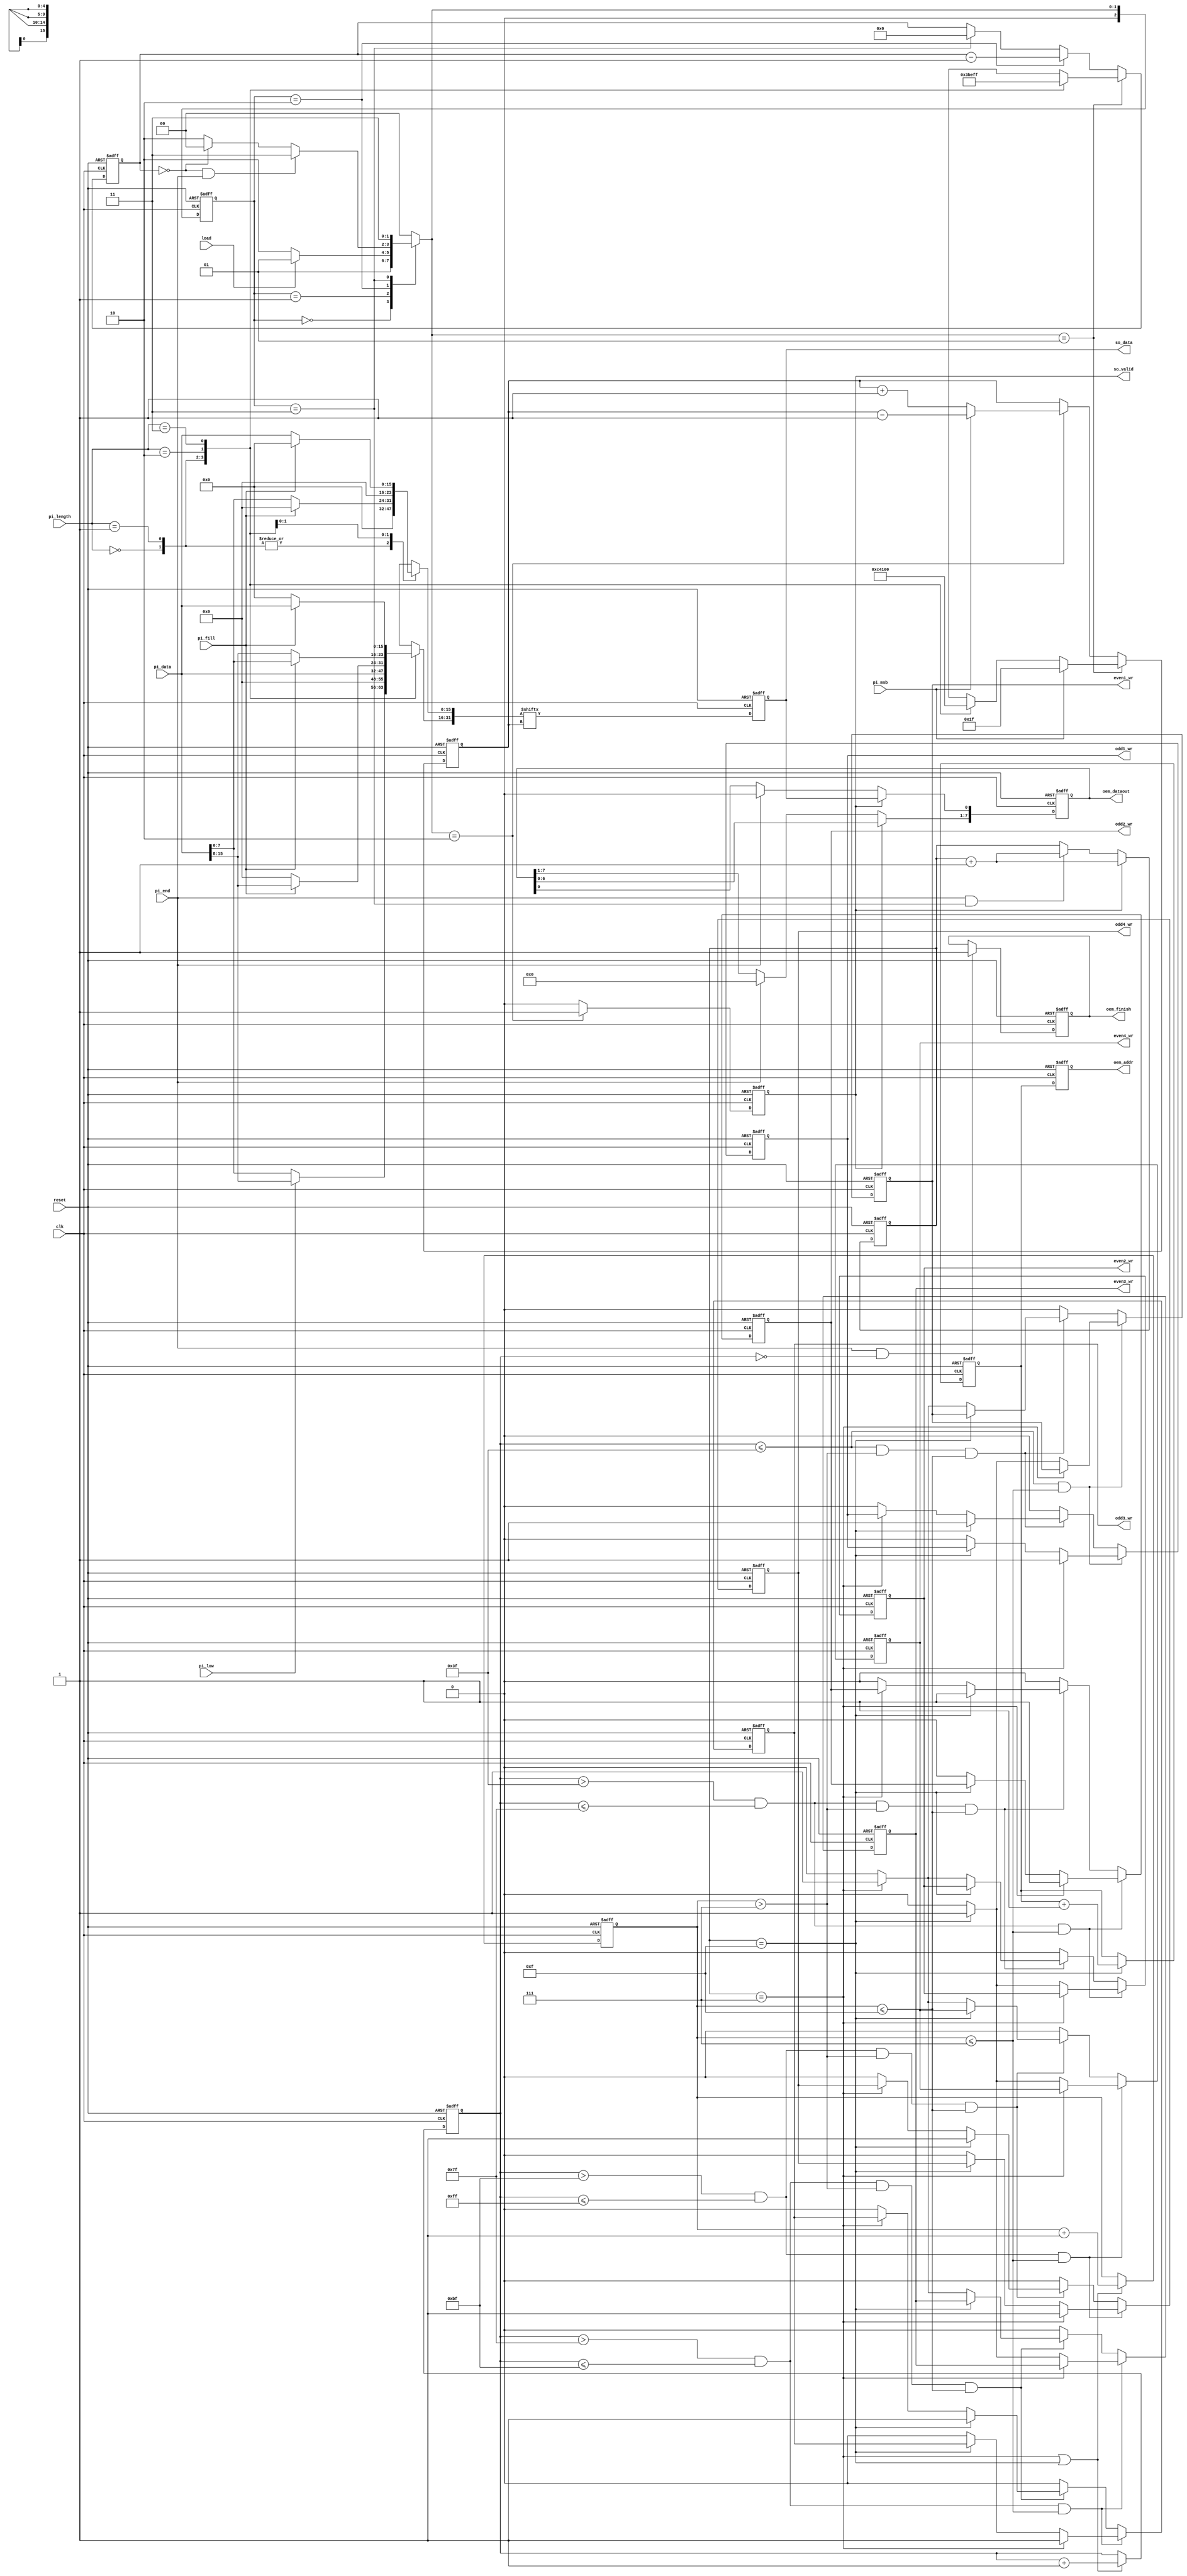
module STI_DAC(clk ,reset, load, pi_data, pi_length, pi_fill, pi_msb, pi_low, pi_end,
	       so_data, so_valid,
	       oem_finish, oem_dataout, oem_addr,
	       odd1_wr, odd2_wr, odd3_wr, odd4_wr, even1_wr, even2_wr, even3_wr, even4_wr);

input		clk, reset;
input		load, pi_msb, pi_low, pi_end; 
input	[15:0]	pi_data;
input	[1:0]	pi_length;
input		pi_fill;
output		so_data, so_valid;

output  oem_finish, odd1_wr, odd2_wr, odd3_wr, odd4_wr, even1_wr, even2_wr, even3_wr, even4_wr;
output [4:0] oem_addr;
output [7:0] oem_dataout;

//==============================================================================
//STI
//state logic
reg [2:0]current_state;
reg [2:0]next_state;
reg so_valid;
reg [31:0]data_buffer;
reg [4:0]serial_counter;
reg [4:0]index;
reg so_data;
parameter IDLE = 3'd0;
parameter LOAD = 3'd1;
parameter start= 3'd2;
parameter finish= 3'd3;
always@(posedge clk or posedge reset) begin
	if(reset)begin
		current_state <= IDLE;
	end
	else current_state <= next_state;
end
always@(*) begin 
	case(current_state)
	IDLE:                       
		begin
		next_state = LOAD;
		end
	LOAD:                       //load
		begin
		if(load)next_state = LOAD;
		else next_state = start;	
		end
	start:                      //serial start transmission
		begin
		if(serial_counter == 5'd0&&pi_end==1'd1)next_state <= finish;	//serial transmission finish
		else if(serial_counter == 5'd0)begin  //testbench 
			next_state = IDLE;
		end
		else begin
			next_state = start;  //serial transmission 
		end				
		end
	finish:
		begin
		next_state = finish;
		end
	default: next_state = IDLE;
	endcase		
end

//data transform
always@(*)
begin
	case(pi_length)  //input pi_length  00:pi_low ,10 11:pi_fill
	2'b00:
	begin
		if(pi_low) 
		begin
			data_buffer[31:24] = pi_data[15:8];
			data_buffer[23:0] = 24'd0;
		end
		else
		begin
			data_buffer[31:24] = pi_data[7:0];
			data_buffer[23:0] = 24'd0;
		end
	end
	2'b01: //16bit
	begin
		data_buffer[31:16] = pi_data[15:0];
		data_buffer[15:0] = 16'd0;
	end
	2'b10: //24bit
	begin
		if(pi_fill)
		begin
			data_buffer[31:16] = pi_data[15:0];
			data_buffer[15:0] = 16'd0;
		end
		else 
		begin
			data_buffer[31:24] = 8'd0;
			data_buffer[23:8] = pi_data[15:0];
			data_buffer[7:0] = 8'd0;
		end
	end
	2'b11: //32bit
	begin
		if(pi_fill)
		begin
			data_buffer[31:16] = pi_data[15:0];
			data_buffer[15:0] = 16'd0;
		end
		else
		begin
			data_buffer[31:16] = 16'd0;
			data_buffer[15:0] = pi_data[15:0];
		end
	end
	default: data_buffer = 32'd0;
	endcase
end
//data_buffer_index for so_data and pi_msb
//////////////************************************//////////////////////
always@(posedge clk or posedge reset) begin
	if(reset) index <= 5'd0;
	else if(next_state==LOAD)begin
		if(pi_msb)index <= 5'd31;				
		else begin	
			case(pi_length)
				2'b00: index <= 5'd24;
				2'b01: index <= 5'd16; 
				2'b10: index <= 5'd8;
				2'b11: index <= 5'd0;
			endcase 
		end
	end
	else if(next_state == start)begin
		if(pi_msb)index <= index-5'd1;
		else index <= index+5'd1;
	end
	else index <= index;
end

//////////////************************************//////////////////////
//so_valid
always@(posedge clk or posedge reset) begin
	if(reset) so_valid <= 1'd0;
	else if(next_state == start) so_valid <= 1'd1;
	else so_valid <= 1'd0;
end
//so_data
always@(posedge clk or posedge reset) begin
	if(reset) so_data <= 1'd0;
	else so_data <= data_buffer[index];
end
//serial_counter 
always@(posedge clk or posedge reset) begin
	if(reset) serial_counter <= 5'd31;
	else if(next_state == LOAD) begin
		case(pi_length)
			2'b00: serial_counter <= 5'd7;
			2'b01: serial_counter <= 5'd15; 
			2'b10: serial_counter <= 5'd23;
			2'b11: serial_counter <= 5'd31;
		endcase
	end
	else if(current_state == start)serial_counter <= serial_counter - 5'd1;
	else if(current_state == finish)serial_counter <= 5'd0;
	else serial_counter <= serial_counter;
end
//
///
////
/////
//////
///////////////////////////////////////////////////DAC/////////////////////////////////////
reg [7:0] DAC_buffer;
reg[4:0] oem_addr;
reg[4:0] delay_counter;
reg [3:0] mem_counter;
reg [7:0] mem_address_counter;
reg  odd_EN;
reg  even_EN;
reg [3:0] mem_address_counter_16bits;
reg oem_finish, odd1_wr, odd2_wr, odd3_wr, odd4_wr, even1_wr, even2_wr, even3_wr, even4_wr;
//DAC_buffer
always@(posedge clk or posedge reset) begin
	if(reset) DAC_buffer <= 8'd0;
	else if(so_valid)begin
		DAC_buffer <= DAC_buffer << 8'd1;
		DAC_buffer[0] <= so_data; 
	end
	else if(pi_end)DAC_buffer <= 8'd0;
	else DAC_buffer <= DAC_buffer;
end
//oem_dataout
assign oem_dataout = DAC_buffer;

//oem_addr
always@(posedge clk or posedge reset) begin
	if(reset) delay_counter <= 5'd0;
	else if(mem_counter == 4'd15)delay_counter <= delay_counter + 5'd1;
	else delay_counter <= delay_counter;
end
always@(posedge clk or posedge reset) begin
	if(reset) oem_addr <= 5'd0;
	else oem_addr <= delay_counter;
end

//mem_counter
always@(posedge clk or posedge reset) begin
	if(reset) mem_counter <= 4'd0;
	else if(so_valid) begin
		mem_counter <= mem_counter + 4'd1;
	end
	else if(pi_end == 1'd1 && current_state == finish) mem_counter <= mem_counter + 4'd1;
	else mem_counter <= mem_counter;
end
//mem address counter
always@(posedge clk or posedge reset) begin
	if(reset) mem_address_counter <= 8'd0;
	else if(mem_counter == 4'd7 || mem_counter == 4'd15) begin
		mem_address_counter <= mem_address_counter + 8'd1;
	end
	else mem_address_counter <= mem_address_counter;
end
//mem address counter 16bits
always@(posedge clk or posedge reset) begin
	if(reset) mem_address_counter_16bits <= 4'd0;
	else if(mem_counter == 4'd7 || mem_counter == 4'd15) begin
		mem_address_counter_16bits <= mem_address_counter_16bits + 4'd1;
	end
	else mem_address_counter_16bits <= mem_address_counter_16bits;
end
//odd_even_enable
/*always@(posedge clk or posedge reset) begin
	if(reset) begin 
		odd_EN <= 1'd0;
		even_EN <=1'd0;
	end
	else if(mem_counter == 7)begin
		even_EN <= 1'd1;
	end
	else if(mem_counter == 15)begin
		odd_EN <= 1'd1;
	end
	else begin
		odd_EN <= 1'd0;
		even_EN <=1'd0;
	end
end*/
//odd1 and even1 wr
always@(posedge clk or posedge reset) begin
	if(reset)  begin 
		odd1_wr <= 1'd0;
		even1_wr <= 1'd0;
	end
	else if(mem_address_counter <= 8'd63 && mem_address_counter_16bits <= 4'd7)begin 
		if(mem_counter == 7)odd1_wr <= 1'd1;
		else if(mem_counter == 15)even1_wr <= 1'd1;
		else begin
		odd1_wr <= 1'd0;
		even1_wr <= 1'd0;	
		end
	end
	else if(mem_address_counter <= 8'd63 && mem_address_counter_16bits > 4'd7 && mem_address_counter_16bits <= 4'd15)begin
		if(mem_counter == 15)odd1_wr <= 1'd1;
		else if(mem_counter == 7)even1_wr <= 1'd1;
		else begin
		odd1_wr <= 1'd0;
		even1_wr <= 1'd0;	
		end
	end	
	else begin
		odd1_wr <= 1'd0;
		even1_wr <= 1'd0;	
	end
end
//odd2 and even2 wr
always@(posedge clk or posedge reset) begin
	if(reset)  begin 
		odd2_wr <= 1'd0;
		even2_wr <= 1'd0;
	end
	else if(mem_address_counter > 8'd63 && mem_address_counter <= 8'd127 && mem_address_counter_16bits <= 4'd7)begin 
		if(mem_counter == 7)odd2_wr <= 1'd1;
		else if(mem_counter == 15)even2_wr <= 1'd1;
		else begin
		odd2_wr <= 1'd0;
		even2_wr <= 1'd0;	
		end
	end
	else if(mem_address_counter > 8'd63 && mem_address_counter <= 8'd127 && mem_address_counter_16bits > 4'd7 && mem_address_counter_16bits <= 4'd15)begin
		if(mem_counter == 15)odd2_wr <= 1'd1;
		else if(mem_counter == 7)even2_wr <= 1'd1;
		else begin
		odd2_wr <= 1'd0;
		even2_wr <= 1'd0;	
		end
	end	
	else begin
		odd2_wr <= 1'd0;
		even2_wr <= 1'd0;	
	end
end
//odd3 and even3 wr
always@(posedge clk or posedge reset) begin
	if(reset)  begin 
		odd3_wr <= 1'd0;
		even3_wr <= 1'd0;
	end
	else if(mem_address_counter > 8'd127 && mem_address_counter <= 8'd191 && mem_address_counter_16bits <= 4'd7)begin 
		if(mem_counter == 7)odd3_wr <= 1'd1;
		else if(mem_counter == 15)even3_wr <= 1'd1;
		else begin
		odd3_wr <= 1'd0;
		even3_wr <= 1'd0;	
		end
	end
	else if(mem_address_counter > 8'd127 && mem_address_counter <= 8'd191 && mem_address_counter_16bits > 4'd7 && mem_address_counter_16bits <= 4'd15)begin
		if(mem_counter == 15)odd3_wr <= 1'd1;
		else if(mem_counter == 7)even3_wr <= 1'd1;
		else begin
		odd3_wr <= 1'd0;
		even3_wr <= 1'd0;	
		end
	end	
	else begin
		odd3_wr <= 1'd0;
		even3_wr <= 1'd0;	
	end
end
//odd4 and even4 wr
always@(posedge clk or posedge reset) begin
	if(reset)  begin 
		odd4_wr <= 1'd0;
		even4_wr <= 1'd0;
	end
	else if(mem_address_counter > 8'd191 && mem_address_counter <= 8'd255 && mem_address_counter_16bits <= 4'd7)begin 
		if(mem_counter == 7)odd4_wr <= 1'd1;
		else if(mem_counter == 15)even4_wr <= 1'd1;
		else begin
		odd4_wr <= 1'd0;
		even4_wr <= 1'd0;	
		end
	end
	else if(mem_address_counter > 8'd191 && mem_address_counter <= 8'd255 && mem_address_counter_16bits > 4'd7 && mem_address_counter_16bits <= 4'd15)begin
		if(mem_counter == 15)odd4_wr <= 1'd1;
		else if(mem_counter == 7)even4_wr <= 1'd1;
		else begin
		odd4_wr <= 1'd0;
		even4_wr <= 1'd0;	
		end
	end	
	else begin
		odd4_wr <= 1'd0;
		even4_wr <= 1'd0;	
	end
end

//oem_finish
always@(posedge clk or posedge reset) begin
	if(reset) oem_finish <= 1'd0;
	else if(pi_end == 1'd1 && mem_address_counter == 8'd0)oem_finish <= 1'd1;
	else oem_finish <= oem_finish;
end
endmodule